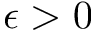
\epsilon > 0